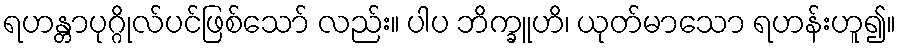
ရဟန္တာပုဂ္ဂိုလ်ပင်ဖြစ်သော် လည်း။ ပါပ ဘိက္ခူဟိ၊ ယုတ်မာသော ရဟန်းဟူ၍။